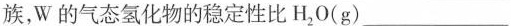
族，W的气态氢化物的稳定性比H_{2}0(g)___